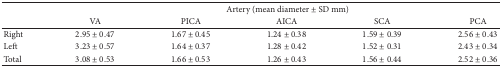
|  | <COLSPAN=5> Artery (mean diameter ± SD mm) |
 |  | VA | PICA | AICA | SCA | PCA |
 | --- | --- | --- | --- | --- | --- |
 | Right | 2.95 ± 0.47 | 1.67 ± 0.45 | 1.24 ± 0.38 | 1.59 ± 0.39 | 2.56 ± 0.43 |
 | Left | 3.23 ± 0.57 | 1.64 ± 0.37 | 1.28 ± 0.42 | 1.52 ± 0.31 | 2.43 ± 0.34 |
 | Total | 3.08 ± 0.53 | 1.66 ± 0.53 | 1.26 ± 0.43 | 1.56 ± 0.44 | 2.52 ± 0.36 |